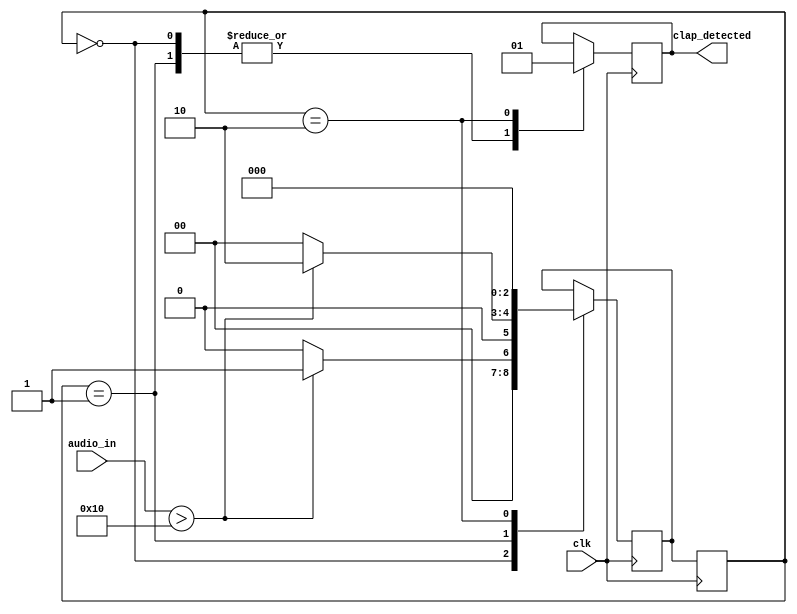
module nf_clapDetected (
  input clk,
  input audio_in,
  output reg clap_detected
);

  // Define threshold
  parameter THRESHOLD = 8'b00010000; // original threshold was at 01000000. adjusted to be much lower to always run.

  // State definitions
  parameter IDLE = 3'b000;
  parameter DETECTING = 3'b001;
  parameter CLAP_DETECTED = 3'b010;

  // Registers
  reg [2:0] state, next_state;

  always @(posedge clk) begin
    // State machine 
    case (state)
      IDLE: begin
        if (audio_in > THRESHOLD) begin
          next_state = DETECTING;
        end else begin
          next_state = IDLE;
        end
      end

      DETECTING: begin
        if (audio_in > THRESHOLD) begin
          next_state = CLAP_DETECTED;
        end else begin
          next_state = IDLE;
        end
      end

      CLAP_DETECTED: begin
        next_state = IDLE;
      end
    endcase
  end

  always @(posedge clk) begin
    // Output logic
    case (state)
      IDLE: begin
        clap_detected = 1'b0;
      end

      DETECTING: begin
        clap_detected = 1'b0;
      end

      CLAP_DETECTED: begin
        clap_detected = 1'b1;
      end
    endcase
  end

  // Update state
  always @(posedge clk) begin
    state <= next_state;
  end

endmodule